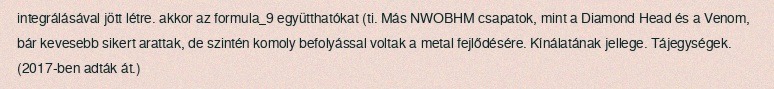
integrálásával jött létre. akkor az formula_9 együtthatókat (ti. Más NWOBHM csapatok, mint a Diamond Head és a Venom, bár kevesebb sikert arattak, de szintén komoly befolyással voltak a metal fejlődésére. Kínálatának jellege. Tájegységek. (2017-ben adták át.)